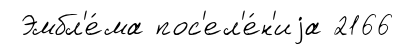
Эмбл'е́ма пос'ел'е́н'иjа 2166